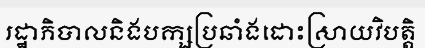
រដ្ឋាភិបាលនិងបក្សប្រឆាំងដោះស្រាយវិបត្តិ